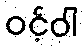
ဝင့်ဝါ